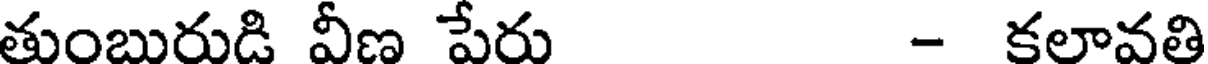
తుంబురుడి వీణ పేరు - కలావతి